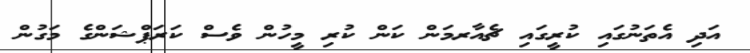
އަދި އެތަނުގައި ކުރީގައި ޗެއާރމަން ކަން ކުރި މީހުން ވެސް ކަރަޕްޝަންގެ މަގުން